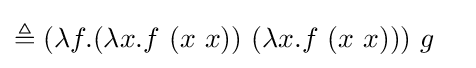
\triangleq (\lambda f.(\lambda x.f\ (x\ x))\ (\lambda x.f\ (x\ x)))\ g\ \ \